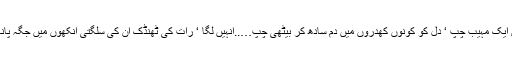
اور جواب میں ایک مہیب چپ ‘ دل کو کونوں کھدروں میں دم سادھ کر بیٹھی چپ…..انہیں لگا ‘ رات کی ٹھنڈک ان کی سلگتی آنکھوں میں جگہ پانا چاہ رہی ہے۔